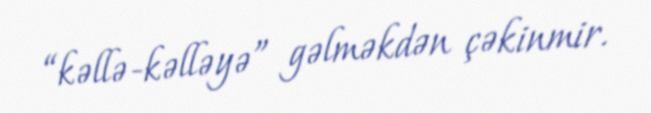
“kəllə-kəlləyə” gəlməkdən çəkinmir.